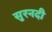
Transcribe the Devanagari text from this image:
सुरनदी